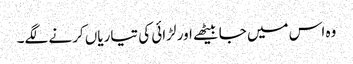
وہ اس میں جا بیٹھے اور لڑائی کی تیاریاں کرنے لگے۔